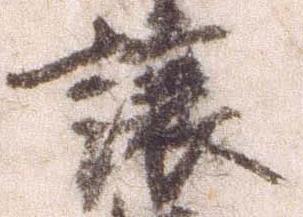
譲